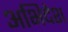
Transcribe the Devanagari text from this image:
अभिदेश